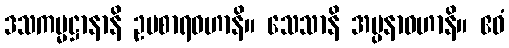
ဒသကမ္မဋ္ဌာနာနိ ဥပစာရဝဟာနိ။ သေသာနိ အပ္ပနာဝဟာနိ။ ဧဝံ